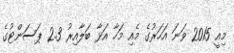
މިއީ 2015 ވަނަ އަހަރުގެ މެއި މަހާ އަޅާ ބަލާއިރު 2.3 ޕަސަންޓުގެ